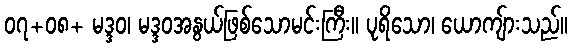
၀၇+၀၈+ မဒ္ဒဝ၊ မဒ္ဒဝအနွယ်ဖြစ်သောမင်းကြီး။ ပုရိသော၊ ယောကျ်ားသည်။